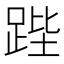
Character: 𮛚